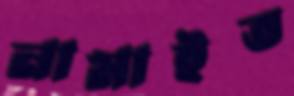
নামাইত